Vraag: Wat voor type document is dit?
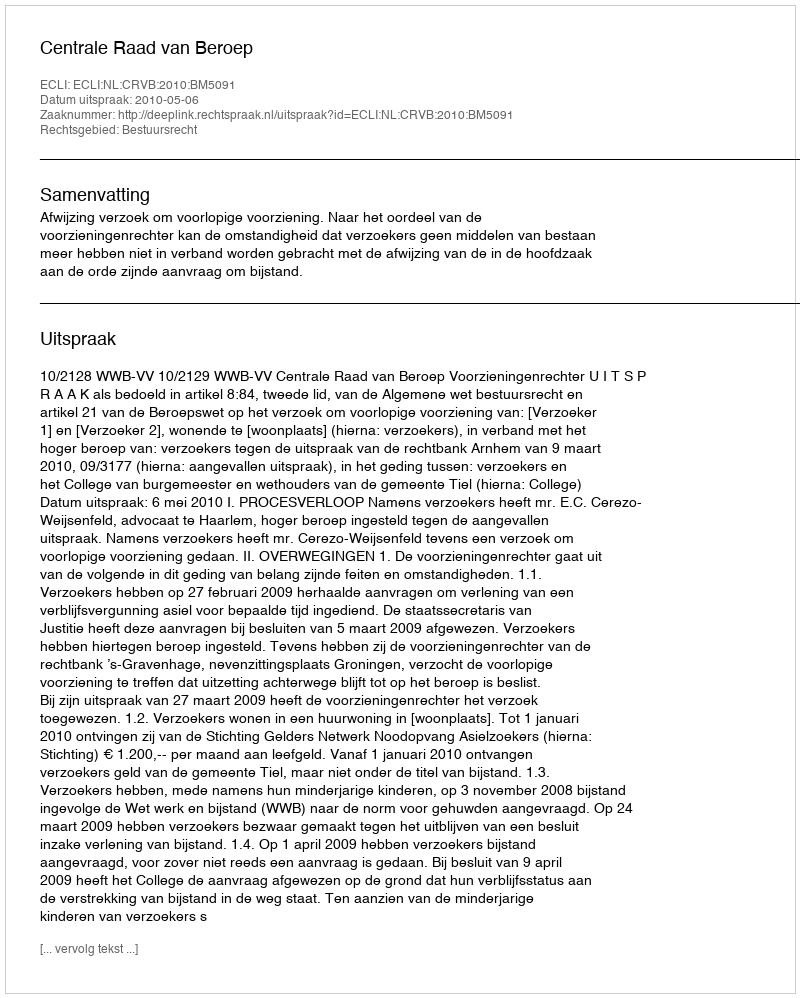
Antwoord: Uitspraak